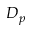
D _ { p }